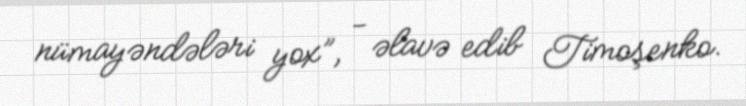
nümayəndələri yox”, - əlavə edib Timoşenko.